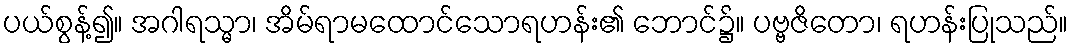
ပယ်စွန့်၍။ အဂါရသ္မာ၊ အိမ်ရာမထောင်သောရဟန်း၏ ဘောင်၌။ ပဗ္ဗဇိတော၊ ရဟန်းပြုသည်။